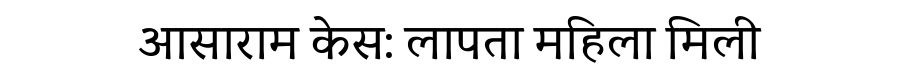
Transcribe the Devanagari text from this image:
आसाराम केस: लापता महिला मिली